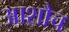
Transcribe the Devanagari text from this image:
आशौच